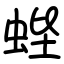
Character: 蜌